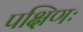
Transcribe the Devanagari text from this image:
पक्षिणः